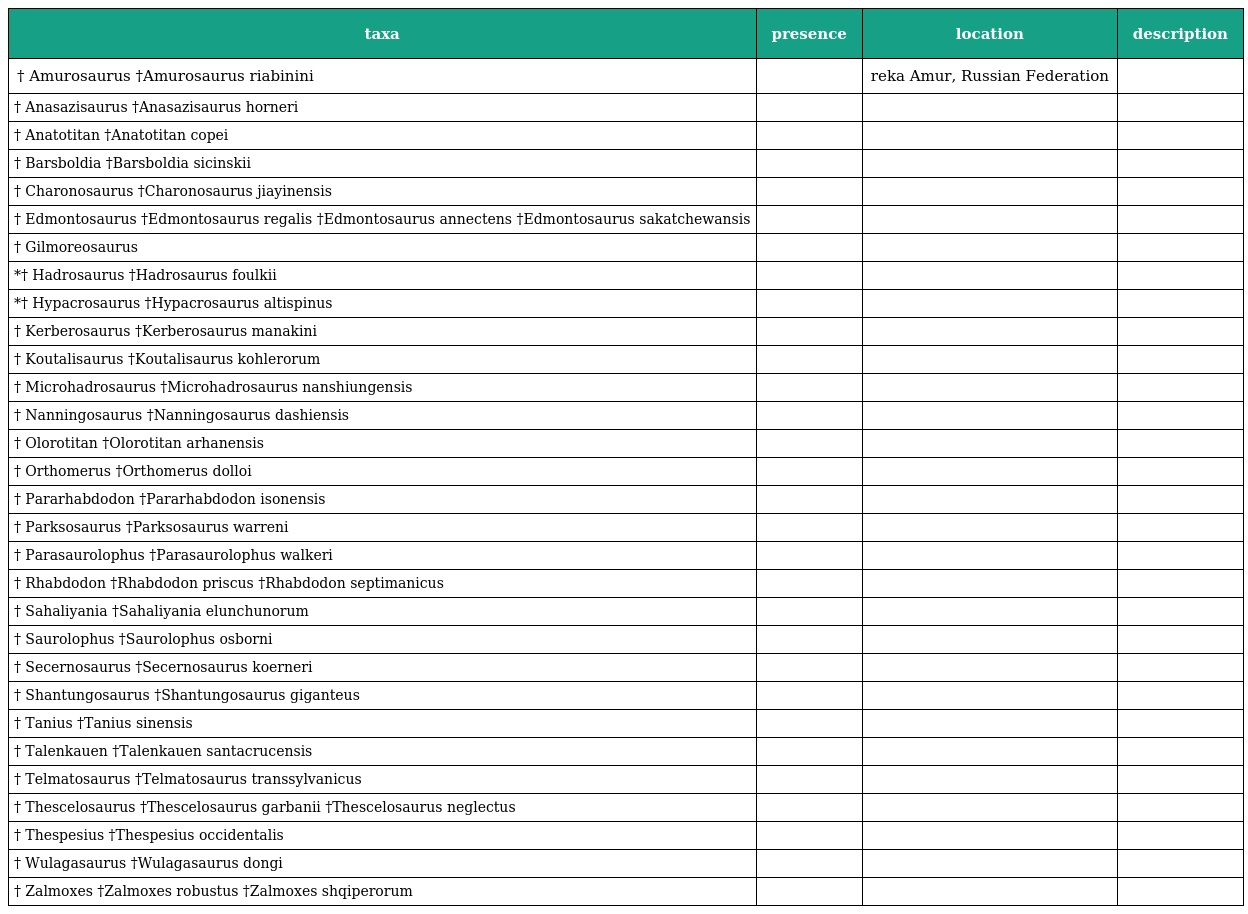
| taxa | presence | location | description |
 | --- | --- | --- | --- |
 | † Amurosaurus †Amurosaurus riabinini |  | reka Amur, Russian Federation |  |
 | † Anasazisaurus †Anasazisaurus horneri |  |  |  |
 | † Anatotitan †Anatotitan copei |  |  |  |
 | † Barsboldia †Barsboldia sicinskii |  |  |  |
 | † Charonosaurus †Charonosaurus jiayinensis |  |  |  |
 | † Edmontosaurus †Edmontosaurus regalis †Edmontosaurus annectens †Edmontosaurus sakatchewansis |  |  |  |
 | † Gilmoreosaurus |  |  |  |
 | *† Hadrosaurus †Hadrosaurus foulkii |  |  |  |
 | *† Hypacrosaurus †Hypacrosaurus altispinus |  |  |  |
 | † Kerberosaurus †Kerberosaurus manakini |  |  |  |
 | † Koutalisaurus †Koutalisaurus kohlerorum |  |  |  |
 | † Microhadrosaurus †Microhadrosaurus nanshiungensis |  |  |  |
 | † Nanningosaurus †Nanningosaurus dashiensis |  |  |  |
 | † Olorotitan †Olorotitan arhanensis |  |  |  |
 | † Orthomerus †Orthomerus dolloi |  |  |  |
 | † Pararhabdodon †Pararhabdodon isonensis |  |  |  |
 | † Parksosaurus †Parksosaurus warreni |  |  |  |
 | † Parasaurolophus †Parasaurolophus walkeri |  |  |  |
 | † Rhabdodon †Rhabdodon priscus †Rhabdodon septimanicus |  |  |  |
 | † Sahaliyania †Sahaliyania elunchunorum |  |  |  |
 | † Saurolophus †Saurolophus osborni |  |  |  |
 | † Secernosaurus †Secernosaurus koerneri |  |  |  |
 | † Shantungosaurus †Shantungosaurus giganteus |  |  |  |
 | † Tanius †Tanius sinensis |  |  |  |
 | † Talenkauen †Talenkauen santacrucensis |  |  |  |
 | † Telmatosaurus †Telmatosaurus transsylvanicus |  |  |  |
 | † Thescelosaurus †Thescelosaurus garbanii †Thescelosaurus neglectus |  |  |  |
 | † Thespesius †Thespesius occidentalis |  |  |  |
 | † Wulagasaurus †Wulagasaurus dongi |  |  |  |
 | † Zalmoxes †Zalmoxes robustus †Zalmoxes shqiperorum |  |  |  |